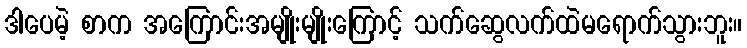
ဒါပေမဲ့ စာက အကြောင်းအမျိုးမျိုးကြောင့် သက်ဆွေလက်ထဲမရောက်သွားဘူး။